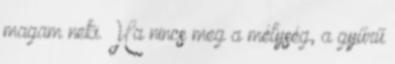
magam neki. Ha nincs meg a mélység, a gyűrű